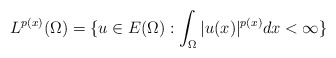
\begin{align*} L^{p(x)}(\Omega)=\{u \in E(\Omega): \int_{\Omega} |u(x)|^{p(x)} dx<\infty \}\end{align*}